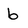
Character: b